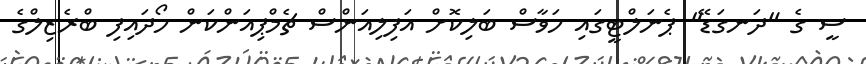
ސީ ގެ "ދަނގަޑޭ" ޕެނަލްޓީގައި ހަވާސް ބަލިކޮށް އަފިލިއަންސް ޗެމްޕިއަންކަން ހޯދައިފި ބްރެޒިލްގެ